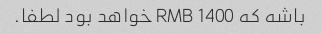
باشه که 1400 RMB خواهد بود لطفا.